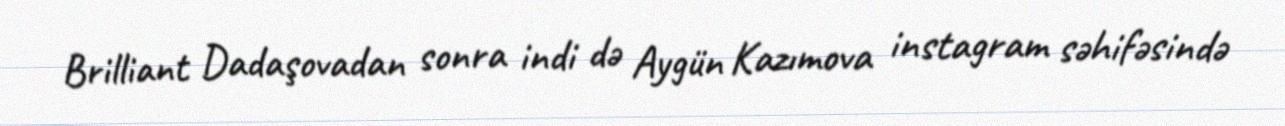
Brilliant Dadaşovadan sonra indi də Aygün Kazımova instagram səhifəsində